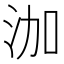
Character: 泇